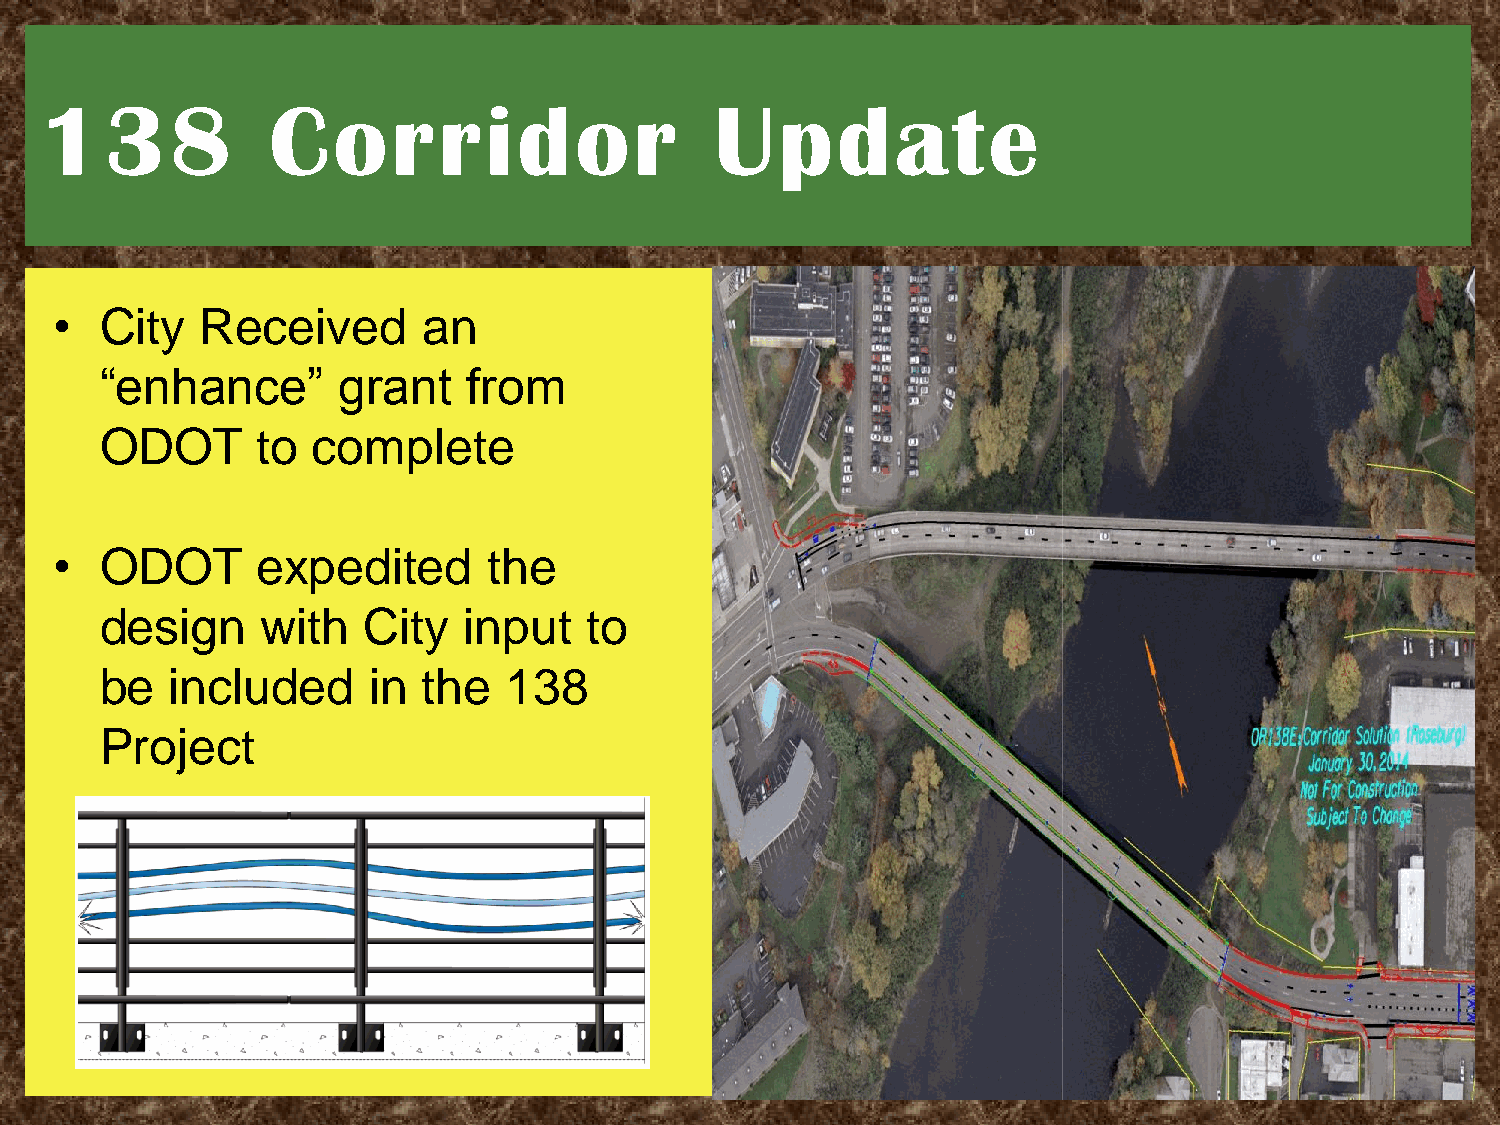
138            Corridor                     Update
 •   City  Received       an
 “enhance”      grant    from
 ODOT      to  complete
 •   ODOT      expedited      the
 design    with   City   input   to
 be  included     in  the  138
 Project